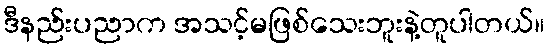
ဒီနည်းပညာက အသင့်မဖြစ်သေးဘူးနဲ့တူပါတယ်။